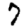
Digit: 7